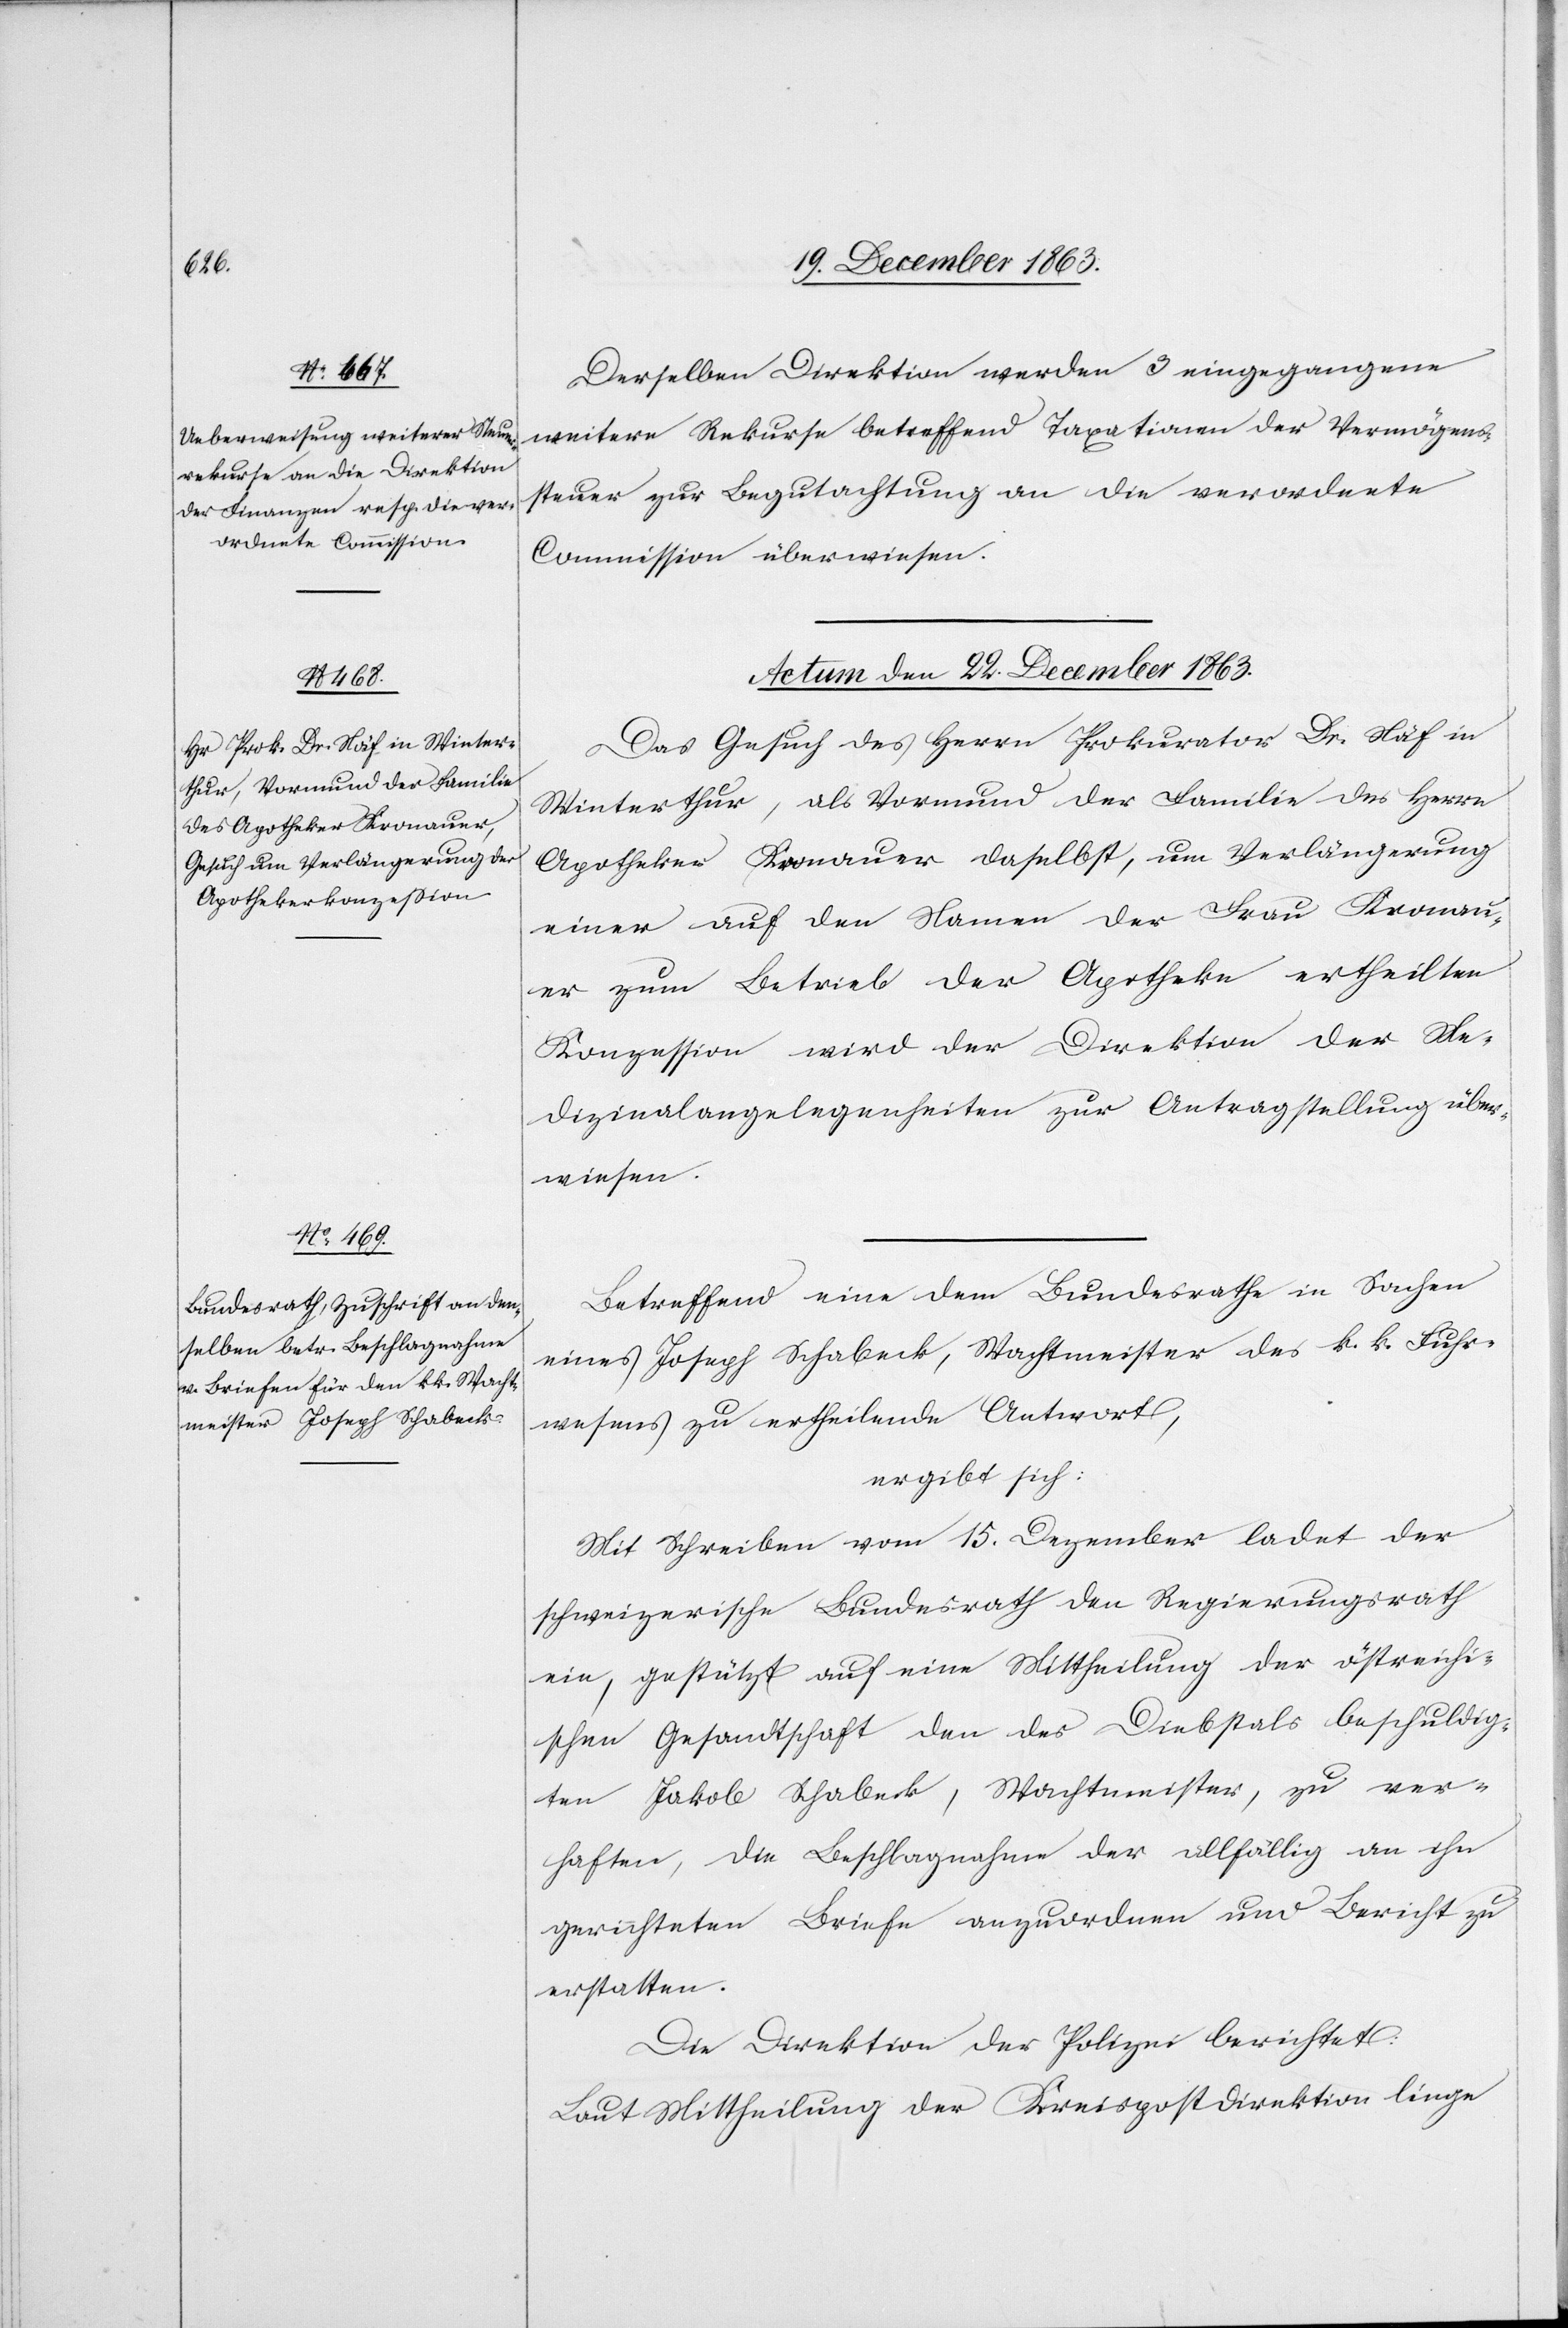
Derselben Direktion werden 3 eingegangene
weitere Rekurse betreffend Taxationen der Vermögens¬
steuer zur Begutachtung an die verordnete
Commission überwiesen.
Actum den 22. December 1863.]
Das Gesuch des Herrn Prokurator Dr. Näf in
Winterthur, als Vormund der Familie des Herrn
Apotheker Kronauer daselbst, um Verlängerung
einer auf den Namen der Frau Kronau¬
er zum Betrieb der Apotheke ertheilten
Konzession wird der Direktion der Me¬
dizinalangelegenheiten zur Antragstellung über¬
wiesen.
Betreffend eine dem Bundesrathe in Sachen
eines Joseph Schabeck, Wachtmeister des k. k. Fuhr¬
wesens zu ertheilende Antwort,
ergibt sich:
Mit Schreiben vom 15. Dezember ladet der
schweizerische Bundesrath den Regierungsrath
ein, gestützt auf eine Mittheilung der östreichi¬
schen Gesandtschaft den des Diebstals beschuldig¬
ten Jakob Schabeck, Wachtmeister, zu ver¬
haften, die Beschlagnahme der allfällig an ihn
gerichteten Briefe anzuordnen und Bericht zu
erstatten.
Die Direktion der Polizei berichtet:
Laut Mittheilung der Kreispostdirektion liege